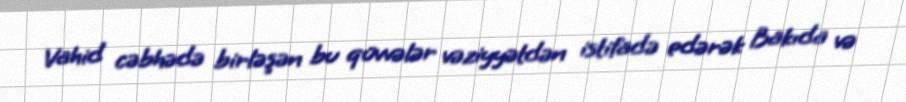
Vahid cəbhədə birləşən bu qüvvələr vəziyyətdən istifadə edərək Bakıda və